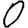
Digit: 0